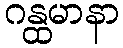
ဂန္ထမာနာ